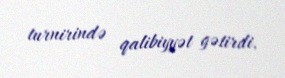
turnirində qalibiyyət gətirdi.